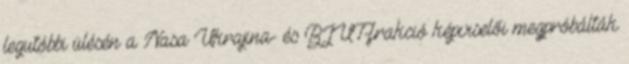
legutóbbi ülésén a Nasa Ukrajina- és BJUT-frakció képviselői megpróbálták